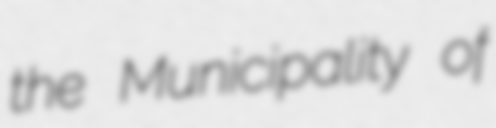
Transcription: the Municipality of